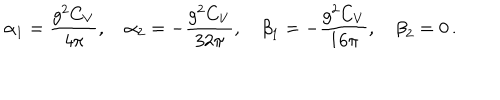
{ \alpha } _ { 1 } = \displaystyle \frac { g ^ { 2 } C _ { V } } { 4 \pi } , \quad { \alpha } _ { 2 } = - \displaystyle \frac { g ^ { 2 } C _ { V } } { 3 2 \pi } , \quad { \beta } _ { 1 } = - \displaystyle \frac { g ^ { 2 } C _ { V } } { 1 6 \pi } , \quad { \beta } _ { 2 } = 0 \, .